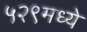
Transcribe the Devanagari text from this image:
५२९मध्ये